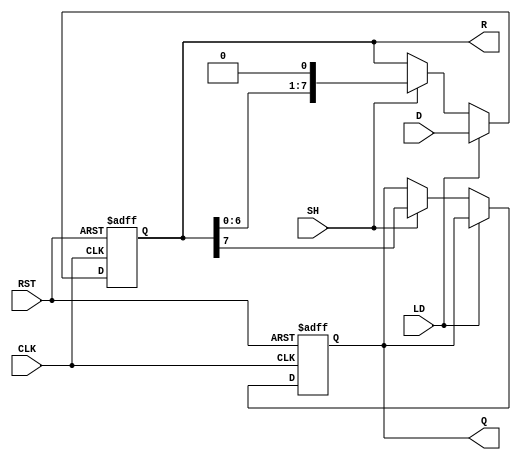
module Loadable_PISO_Register (
    input wire [7:0] D,      // Parallel data input
    input wire LD,           // Load control signal
    input wire SH,           // Shift control signal
    input wire CLK,          // Clock signal
    input wire RST,          // Asynchronous reset signal
    output reg Q,            // Serial output
    output reg [7:0] R       // Register state output
);

    // Always block for asynchronous reset and loading data
    always @(posedge CLK or posedge RST) begin
        if (RST) begin
            R <= 8'b00000000; // Clear the register
            Q <= 1'b0;        // Clear the serial output
        end else if (LD) begin
            R <= D;           // Load data into the register
        end else if (SH) begin
            Q <= R[7];        // Shift out the MSB (most significant bit)
            R <= {R[6:0], 1'b0}; // Shift left and fill with 0 (or right depending on design)
        end
    end

endmodule